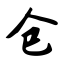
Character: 仓